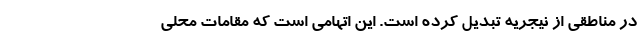
در مناطقی از نیجریه تبدیل کرده است. این اتهامی است که مقامات محلی